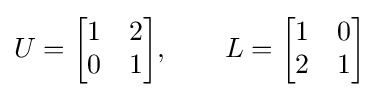
U={\begin{bmatrix}1&2\\0&1\end{bmatrix}},\qquad L={\begin{bmatrix}1&0\\2&1\end{bmatrix}}